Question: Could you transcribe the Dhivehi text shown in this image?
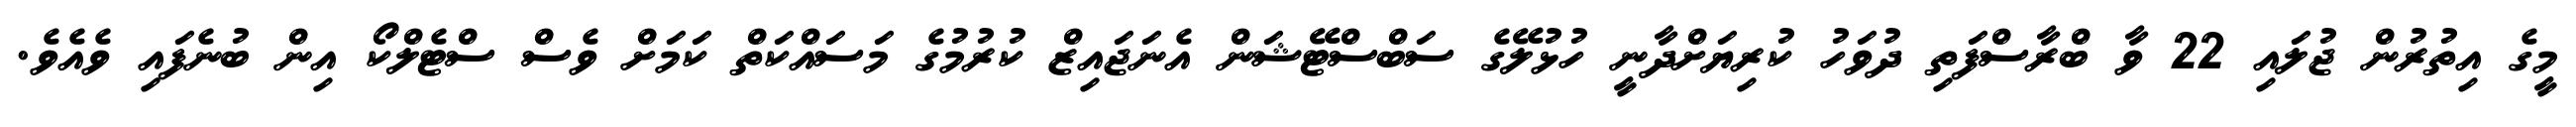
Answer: މީގެ އިތުރުން ޖުލައި 22 ވާ ބްރާސްފަތި ދުވަހު ކުރިޔަށްދާނީ ހުޅުލޭގެ ސަބްސްޓޭޝަން އެނަޖައިޒް ކުރުމުގެ މަސައްކަތް ކަމަށް ވެސް ސްޓެލްކޯ އިން ބުނެފައި ވެއެވެ.